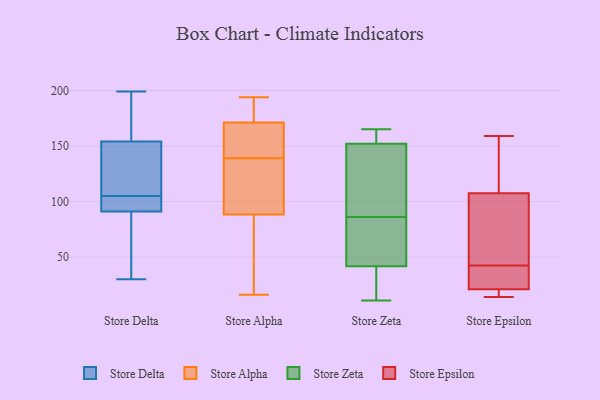
{"axis": {"x": "Customer Acquisition Cost (USD)", "y": "Value"}, "legend": ["Store Alpha", "Store Delta", "Store Epsilon", "Store Zeta"], "data": [{"x": "", "y": 102, "type": "Store Delta"}, {"x": "", "y": 154, "type": "Store Delta"}, {"x": "", "y": 94, "type": "Store Delta"}, {"x": "", "y": 89, "type": "Store Delta"}, {"x": "", "y": 108, "type": "Store Delta"}, {"x": "", "y": 122, "type": "Store Delta"}, {"x": "", "y": 119, "type": "Store Delta"}, {"x": "", "y": 39, "type": "Store Delta"}, {"x": "", "y": 68, "type": "Store Delta"}, {"x": "", "y": 154, "type": "Store Delta"}, {"x": "", "y": 167, "type": "Store Delta"}, {"x": "", "y": 91, "type": "Store Delta"}, {"x": "", "y": 30, "type": "Store Delta"}, {"x": "", "y": 102, "type": "Store Delta"}, {"x": "", "y": 199, "type": "Store Delta"}, {"x": "", "y": 96, "type": "Store Delta"}, {"x": "", "y": 118, "type": "Store Delta"}, {"x": "", "y": 189, "type": "Store Delta"}, {"x": "", "y": 48, "type": "Store Alpha"}, {"x": "", "y": 181, "type": "Store Alpha"}, {"x": "", "y": 153, "type": "Store Alpha"}, {"x": "", "y": 113, "type": "Store Alpha"}, {"x": "", "y": 107, "type": "Store Alpha"}, {"x": "", "y": 194, "type": "Store Alpha"}, {"x": "", "y": 80, "type": "Store Alpha"}, {"x": "", "y": 163, "type": "Store Alpha"}, {"x": "", "y": 187, "type": "Store Alpha"}, {"x": "", "y": 139, "type": "Store Alpha"}, {"x": "", "y": 149, "type": "Store Alpha"}, {"x": "", "y": 168, "type": "Store Alpha"}, {"x": "", "y": 182, "type": "Store Alpha"}, {"x": "", "y": 91, "type": "Store Alpha"}, {"x": "", "y": 135, "type": "Store Alpha"}, {"x": "", "y": 16, "type": "Store Alpha"}, {"x": "", "y": 37, "type": "Store Alpha"}, {"x": "", "y": 75, "type": "Store Zeta"}, {"x": "", "y": 165, "type": "Store Zeta"}, {"x": "", "y": 17, "type": "Store Zeta"}, {"x": "", "y": 136, "type": "Store Zeta"}, {"x": "", "y": 97, "type": "Store Zeta"}, {"x": "", "y": 129, "type": "Store Zeta"}, {"x": "", "y": 156, "type": "Store Zeta"}, {"x": "", "y": 153, "type": "Store Zeta"}, {"x": "", "y": 153, "type": "Store Zeta"}, {"x": "", "y": 149, "type": "Store Zeta"}, {"x": "", "y": 47, "type": "Store Zeta"}, {"x": "", "y": 161, "type": "Store Zeta"}, {"x": "", "y": 38, "type": "Store Zeta"}, {"x": "", "y": 29, "type": "Store Zeta"}, {"x": "", "y": 40, "type": "Store Zeta"}, {"x": "", "y": 11, "type": "Store Zeta"}, {"x": "", "y": 48, "type": "Store Zeta"}, {"x": "", "y": 86, "type": "Store Zeta"}, {"x": "", "y": 82, "type": "Store Zeta"}, {"x": "", "y": 117, "type": "Store Epsilon"}, {"x": "", "y": 46, "type": "Store Epsilon"}, {"x": "", "y": 14, "type": "Store Epsilon"}, {"x": "", "y": 39, "type": "Store Epsilon"}, {"x": "", "y": 33, "type": "Store Epsilon"}, {"x": "", "y": 83, "type": "Store Epsilon"}, {"x": "", "y": 22, "type": "Store Epsilon"}, {"x": "", "y": 98, "type": "Store Epsilon"}, {"x": "", "y": 159, "type": "Store Epsilon"}, {"x": "", "y": 20, "type": "Store Epsilon"}, {"x": "", "y": 17, "type": "Store Epsilon"}, {"x": "", "y": 150, "type": "Store Epsilon"}]}